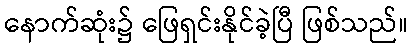
နောက်ဆုံး၌ ဖြေရှင်းနိုင်ခဲ့ပြီ ဖြစ်သည်။